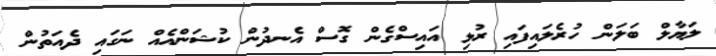
ލަޔާލް ބަލަން ހުރެލައިފައި ރުޅި އައިސްގެން ގޮސް އެނދުން ކުޝަންއެއް ނަގައި ދެއަތުން